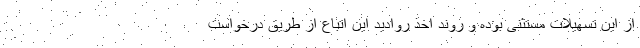
از این تسهیلات مستثنی بوده و روند اخذ روادید این اتباع از طریق درخواست